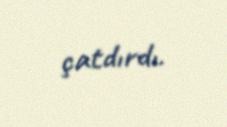
çatdırdı.